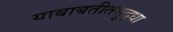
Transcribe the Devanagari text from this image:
याबाबतीतसुद्‌धा